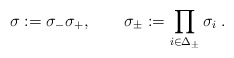
\begin{align*}\sigma :=\sigma _{-}\sigma _{+},\quad \quad \sigma _{\pm }:=\prod_{i\in\Delta _{\pm }}\sigma _{i}\;. \end{align*}